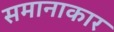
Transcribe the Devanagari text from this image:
समानाकार